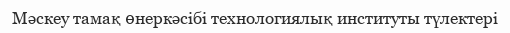
Мәскеу тамақ өнеркәсібі технологиялық институты түлектері